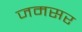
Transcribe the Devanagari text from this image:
जमसर